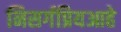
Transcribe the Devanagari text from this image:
निसर्गप्रियआहे